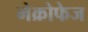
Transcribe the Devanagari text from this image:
मेक्रोफेज